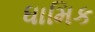
ધામિક